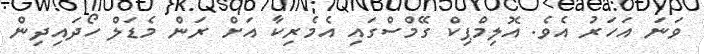
ވަނަ އަހަރު އެވެ. އޮލިމްޕިކް ގޭމްސްގައި އެމެރިކާ އަށް ރަން މެޑަލް ހޯދައިދިން